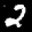
Label: 2